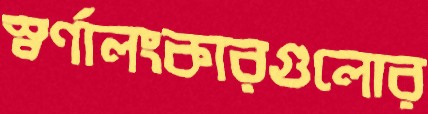
স্বর্ণালংকারগুলোর